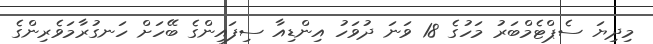
މިދިޔަ ސެޕްޓެމްބަރު މަހުގެ 18 ވަނަ ދުވަހު އިންޑިއާ ސިފައިންގެ ބޭހަށް ހަނގުރާމަވެރިންގެ